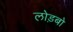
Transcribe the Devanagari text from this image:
लोड़बो